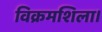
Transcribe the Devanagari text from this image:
विक्रमशिला।